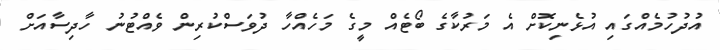
އުދުހުމެއްގައި އުޅެނިކޮށް އެ މަރުކާގެ ބޯޓެއް މީގެ މަހެއްހާ ދުވަސްކުރިން ވެއްޓުނު ހާދިސާއަށް